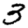
Digit: 3